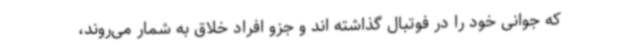
که جوانی خود را در فوتبال گذاشته اند و جزو افراد خلاق به شمار می‌روند،